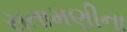
સતામણીના